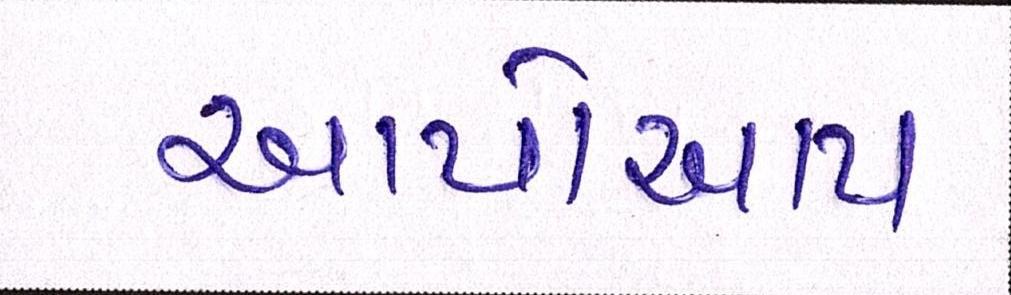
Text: આપોઆપ